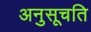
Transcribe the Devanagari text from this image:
अनुसूचति